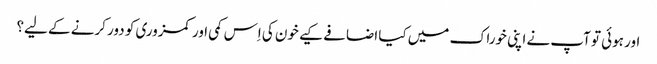
اور ہوئی تو آپ نے اپنی خوراک میں کیا اضافے کیے خون کی اِس کمی اور کمزوری کو دور کرنے کے لیے؟